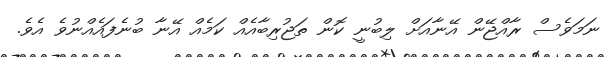
ނަމަވެސް ރާއްޖޭން އޭނާއަށް ލިބުނީ ކޮން ތަޖުރިބާއެއް ކަމެއް އޭނާ ބުނެފައެއްނުވެ އެވެ.